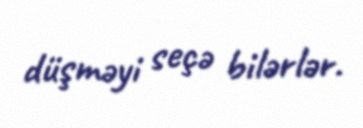
düşməyi seçə bilərlər.